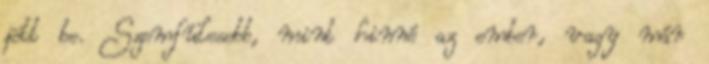
jött be. Szemfülesebb, mint hinné az ember, vagy már